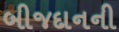
બીજદાનની